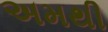
અમથી